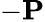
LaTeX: -\mathbf{P}